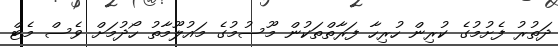
ދަތުރު ފެށުމުގެ ކުރިން ހުރިހާ ފަރާތްތަކުން މޫސުމުގެ މައުލޫމާތު ހޯދުމަށް ވެސް މެޓް